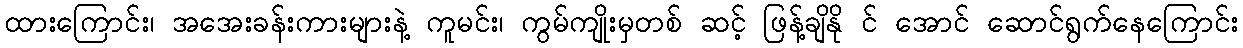
ထားကြောင်း၊ အအေးခန်းကားများနဲ့ ကူမင်း၊ ကွမ်ကျိုးမှတစ် ဆင့် ဖြန့်ချိနို င် အောင် ဆောင်ရွက်နေကြောင်း